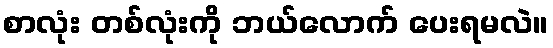
စာလုံး တစ်လုံးကို ဘယ်လောက် ပေးရမလဲ။